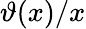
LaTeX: \vartheta(x)/x